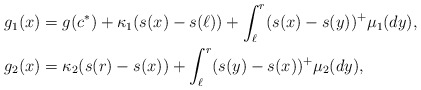
\begin{align*}g_1(x)&=g(c^*)+ \kappa_1(s(x)-s(\ell)) +\int_{\ell}^r (s(x)-s(y))^+ \mu_1(dy),\\g_2(x)&=\kappa_2(s(r)-s(x)) +\int_{\ell}^r (s(y)-s(x))^+ \mu_2(dy),\end{align*}